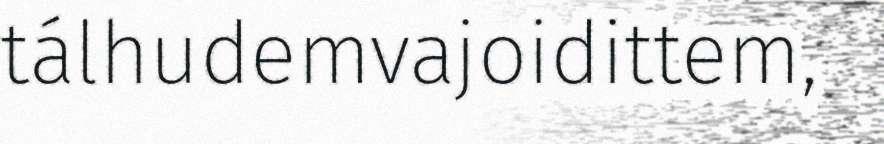
tálhudemvajoidittem,